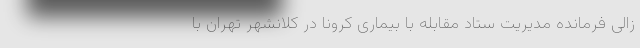
زالی فرمانده مدیریت ستاد مقابله با بیماری کرونا در کلانشهر تهران با